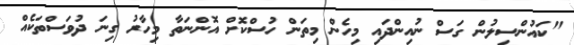
"ކައުންސިލުން ގަސް ނުއިންދައި މިހެން މިތަން ހުސްކޮށް އޮންނަތާ މިހާރު ގިނަ ދުވަސްތަކެއް